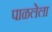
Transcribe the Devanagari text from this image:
पाळलेला